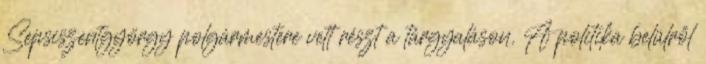
Sepsiszentgyörgy polgármestere vett részt a tárgyaláson. A politika belülről